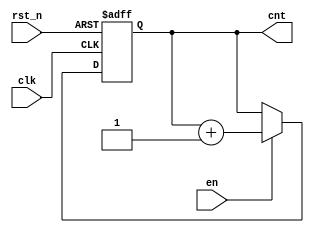
module pill_cnt(clk,rst_n,en,cnt);

input clk,rst_n, en;
output reg [7:0] cnt;

wire [7:0] nxt_cnt;

always @(posedge clk, negedge rst_n)
   if (!rst_n)
      cnt <= 8'h00;
   else
      cnt <= nxt_cnt;

assign nxt_cnt = (en) ? cnt + 1:cnt;

endmodule